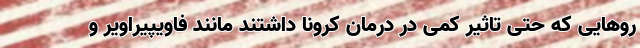
روهایی که حتی تاثیر کمی در درمان کرونا داشتند مانند فاویپیراویر و